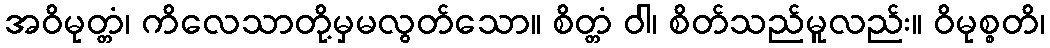
အဝိမုတ္တံ၊ ကိလေသာတို့မှမလွတ်သော။ စိတ္တံ ဝါ၊ စိတ်သည်မူလည်း။ ဝိမုစ္စတိ၊